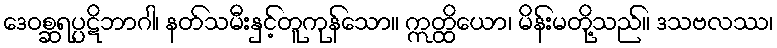
ဒေဝစ္ဆရပ္ပဋိဘာဂါ၊ နတ်သမီးနှင့်တူကုန်သော။ ဣတ္ထိယော၊ မိန်းမတို့သည်။ ဒသဗလဿ၊